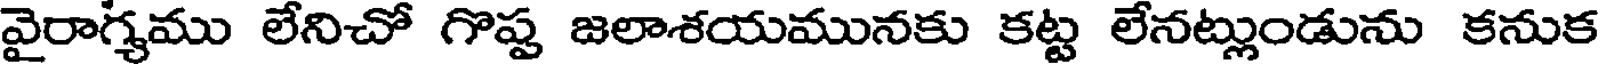
వైరాగ్యము లేనిచో గొప్ప జలాశయమునకు కట్ట లేనట్లుండును కనుక